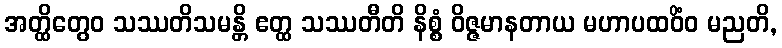
အတ္ထိတွေဝ သဿတိသမန္တိ ဧတ္ထ သဿတီတိ နိစ္စံ ဝိဇ္ဇမာနတာယ မဟာပထဝိံဝ မညတိ,